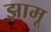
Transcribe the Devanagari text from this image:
झामू